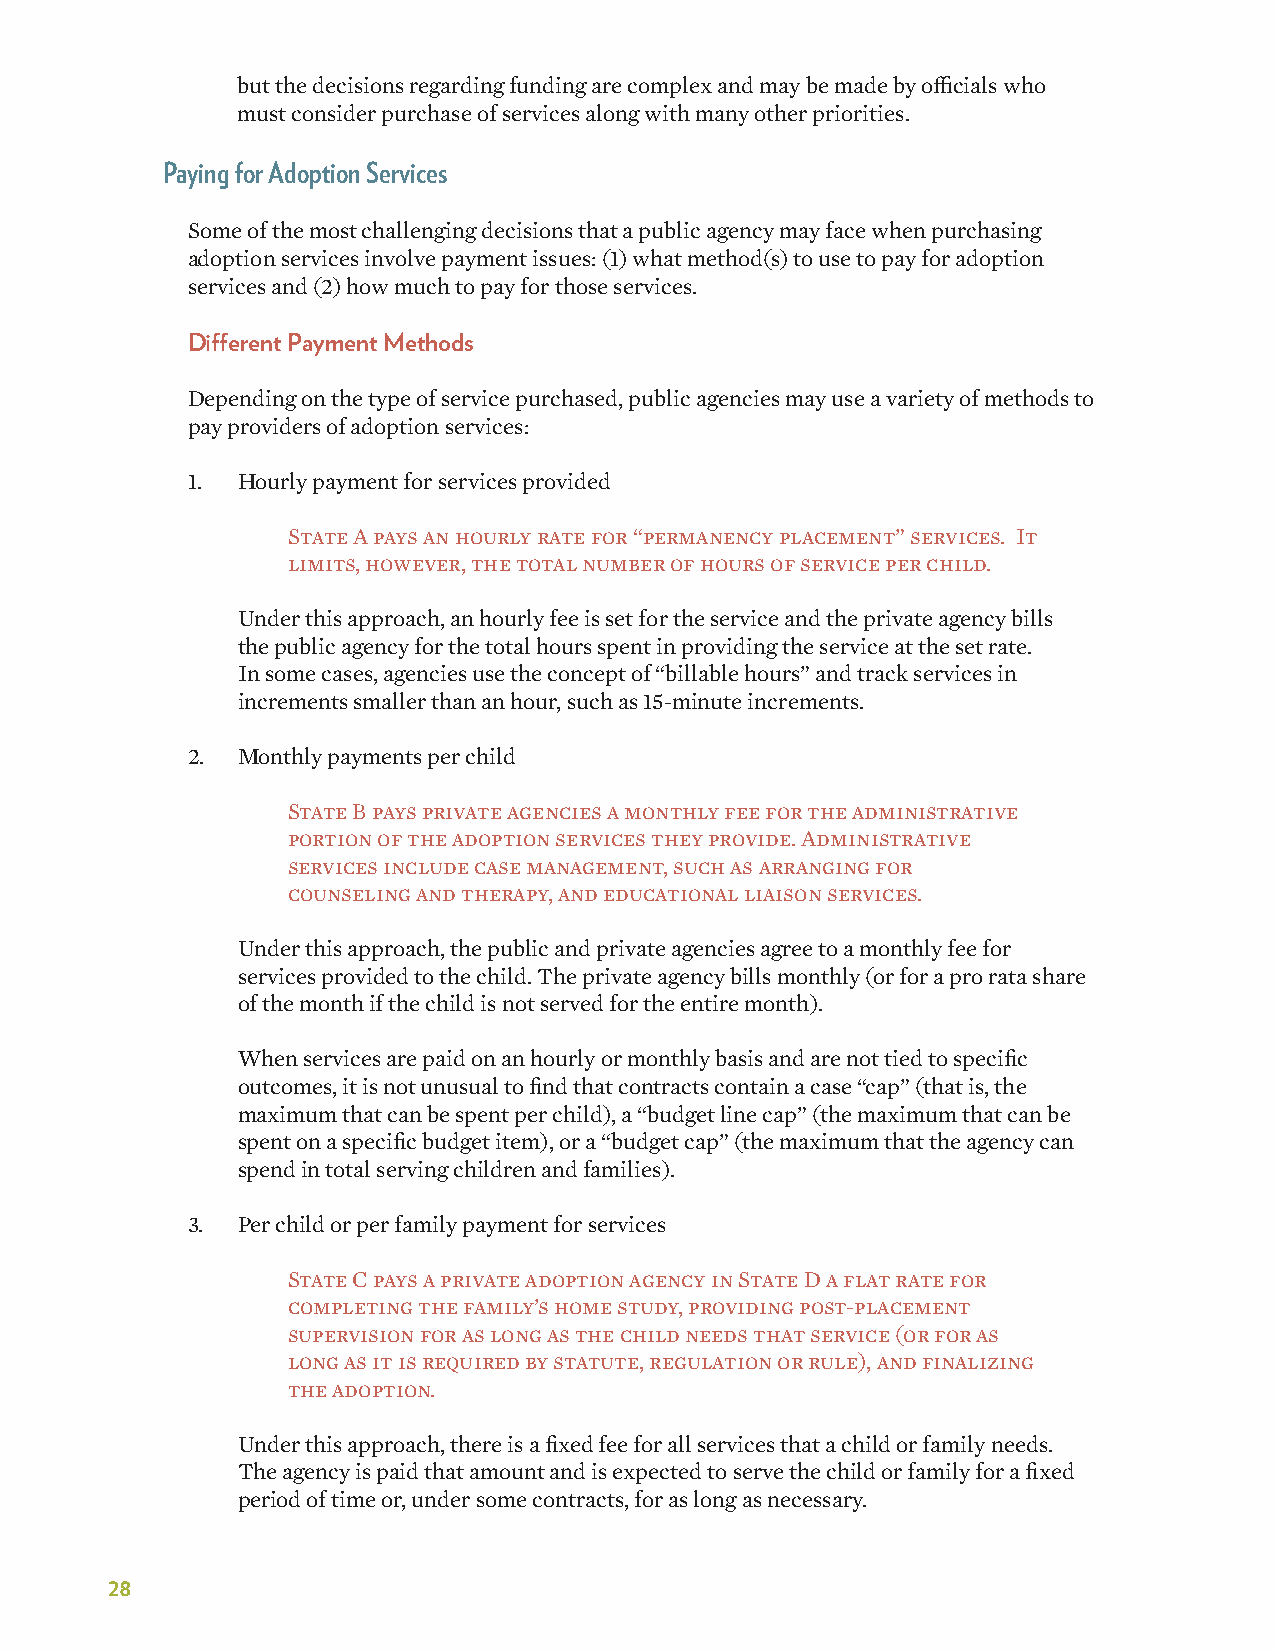
but the decisions regarding funding are complex and may be made by officials who
 must consider purchase of services along with many other priorities.
 Paying for Adoption Services
 Some of the most challenging decisions that a public agency may face when purchasing
 adoption services involve payment issues: (1) what method(s) to use to pay for adoption
 services and (2) how much to pay for those services.
 Different Payment Methods
 Depending on the type of service purchased, public agencies may use a variety of methods to
 pay providers of adoption services:
 1.  Hourly payment for services provided
 State A pays an hourly rate for “permanency placement” services. It
 limits, however, the total number of hours of service per child.
 Under this approach, an hourly fee is set for the service and the private agency bills
 the public agency for the total hours spent in providing the service at the set rate.
 In some cases, agencies use the concept of “billable hours” and track services in
 increments smaller than an hour, such as 15-minute increments.
 2.  Monthly payments per child
 State B pays private agencies a monthly fee for the administrative
 portion of the adoption services they provide. Administrative
 services include case management, such as arranging for
 counseling and therapy, and educational liaison services.
 Under this approach, the public and private agencies agree to a monthly fee for
 services provided to the child. The private agency bills monthly (or for a pro rata share
 of the month if the child is not served for the entire month).
 When services are paid on an hourly or monthly basis and are not tied to specific
 outcomes, it is not unusual to find that contracts contain a case “cap” (that is, the
 maximum that can be spent per child), a “budget line cap” (the maximum that can be
 spent on a specific budget item), or a “budget cap” (the maximum that the agency can
 spend in total serving children and families).
 3.  Per child or per family payment for services
 State C pays a private adoption agency in State D a flat rate for
 completing the family’s home study, providing post-placement
 supervision for as long as the child needs that service (or for as
 long as it is required by statute, regulation or rule), and finalizing
 the adoption.
 Under this approach, there is a fixed fee for all services that a child or family needs.
 The agency is paid that amount and is expected to serve the child or family for a fixed
 period of time or, under some contracts, for as long as necessary.
 28